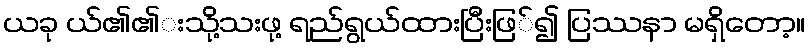
ယခု ယ်၏၏းသို့သးဖု့ ရည်ရွယ်ထားပြီးဖြ်၍ ပြဿနာ မရှိတော့။